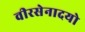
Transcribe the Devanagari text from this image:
वीरसेनादयो